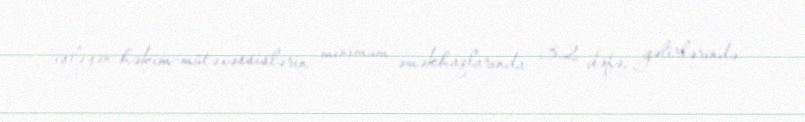
işləyən həkim-mütəxəssislərin minimum əməkhaqlarında 3,2 dəfə, gəlirlərində